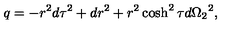
q = - r ^ { 2 } d \tau ^ { 2 } + d r ^ { 2 } + r ^ { 2 } \cosh ^ { 2 } \tau d \Omega _ { 2 } { } ^ { 2 } ,